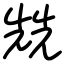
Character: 兟